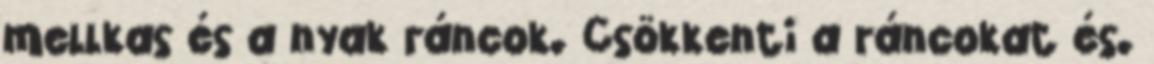
mellkas és a nyak ráncok. Csökkenti a ráncokat és.